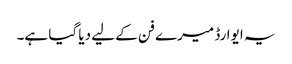
یہ ایوارڈ میرے فن کے لیے دیا گیا ہے۔